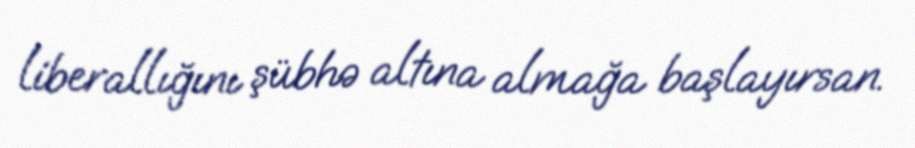
liberallığını şübhə altına almağa başlayırsan.